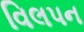
વિલપન